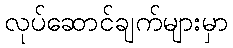
လုပ်ဆောင်ချက်များမှာ